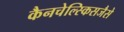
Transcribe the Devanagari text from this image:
कैनचेल्स्किसजैसे